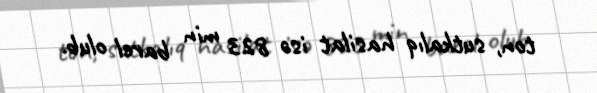
ton, sutkalıq hasilat isə 823 min barel olub.